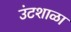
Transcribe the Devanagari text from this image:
उंटशाळा